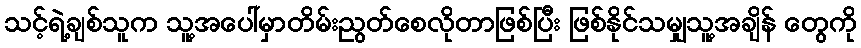
သင့်ရဲ့ချစ်သူက သူ့အပေါ်မှာတိမ်းညွတ်စေလိုတာဖြစ်ပြီး ဖြစ်နိုင်သမျှသူ့အချိန် တွေကို